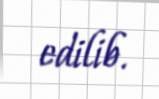
edilib.